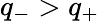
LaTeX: q_{-}>q_{+}